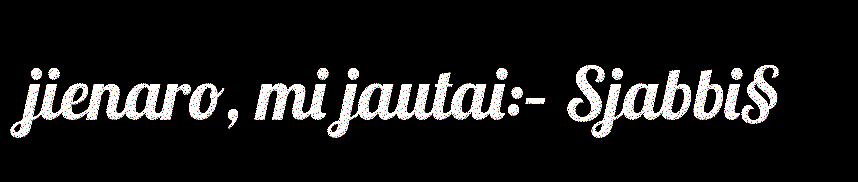
jienaro, mi jautai:– Sjabbi§